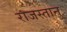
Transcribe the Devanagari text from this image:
राजस्तान